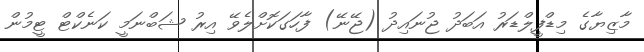
މާޒިޔާގެ މިޑްފީލްޑަރު އަބަދު ޖުނައިދު (ޖޭނޭ) ފާހަގަކޮށްލެވޭ އިރު ޝަބްނަމީ ކަނެކްޓް ޓީމުން